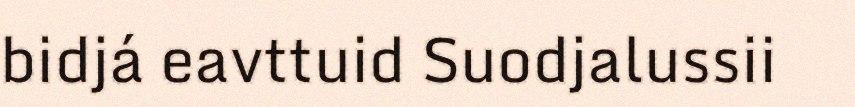
bidjá eavttuid Suodjalussii